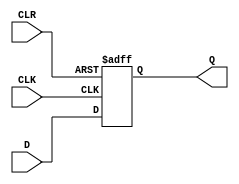
module d_ff_with_clear (
    input D,
    input CLK,
    input CLR,
    output reg Q
);

always @(posedge CLK or negedge CLR)
begin
    if (CLR == 0)
        Q <= 0;
    else
        Q <= D;
end

endmodule